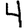
Digit: 4